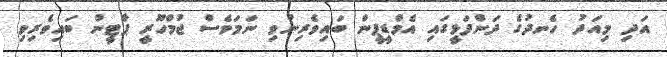
އަދި މިއަދު ހެނދުގެ ދަންފަޅީގައި އެމްޑީޕީން ބައިވެރިނުވި ނަމަވެސް ޖުމްހޫރީ ޕާޓީން ބައިވެރިވި